Vaccine operations Central Provinces & Berar 1922-1929 - 1922-1929
Year: 1922
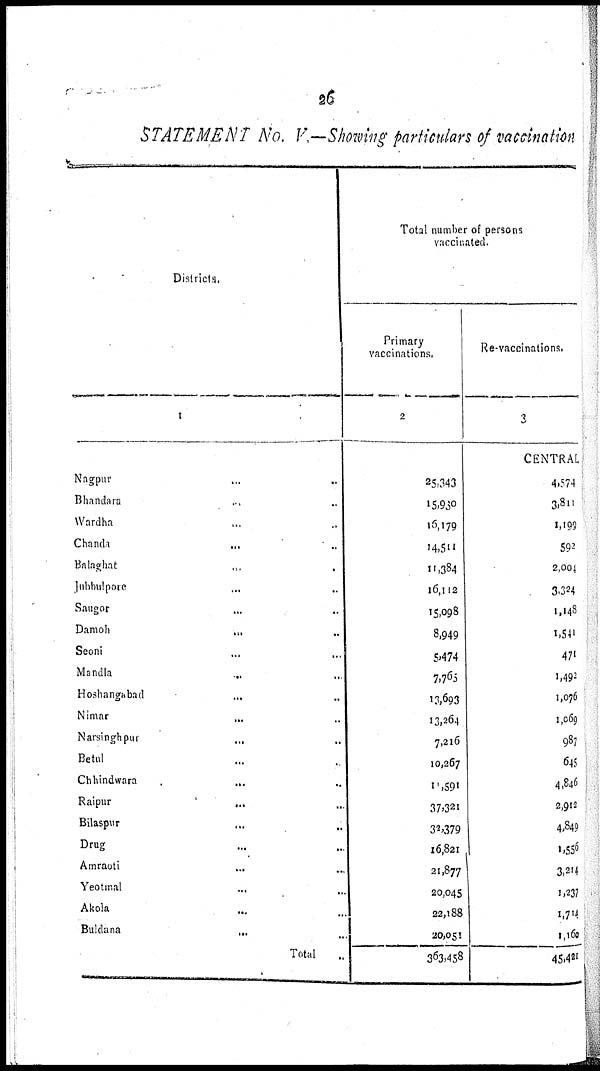
26
STATEMENT No. V.—Showing particulars of vaccination
Districts.
1
Nagpur
...
...
Bhandara ... ...
Wardha ... ...
Chanda
... ...
Balaghat ... ...
Jubbulpore ... ...
Saugor
... ... ...
Damoh
...
...
...
Seoni ... ... ...
Mandla ... ... ...
Hoshangabad
...
Nimar ... ...
Narsinghpur
... ...
Betul ... ...
Chhindwara
... ...
Raipur
... ...
Bilaspur ... ...
Drug ... ...
Amraoti ... ...
Yeotmal
...
Akola ... ...
Buldana
... ...
Total ...
Total number of persons
vaccinated.
Primary
vaccinations.
2
25,343
15,960
16,179
14,511
11,384
16,112
15,098
8,949
5,474
7,765
13,693
13,264
7,216
10,267
11,591
37,321
32,379
16,821
21,877
20,045
22,188
20,051
363,458
Re-vaccinations.
3
CENTRAL
4,574
3,811
1,199
592
2,004
3,324
1,148
1,541
471
1,492
1,076
1,069
987
645
4,846
2,912
4,849
1,556
3,214
1,237
1,714
1,160
45,421